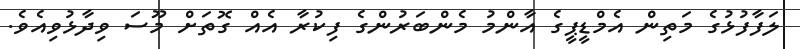
ލަފާފުޅުގެ މަތިން އެމްޑީޕީގެ އާންމު މެންބަރުންގެ ފިކުރާ އެއް ގޮތަށް މޫސަ ވިދާޅުވިއެވެ.